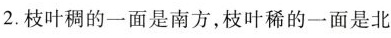
2.枝叶稠的一面是南方，枝叶稀的一面是北